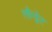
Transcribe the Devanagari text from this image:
लौन्ड्रेट